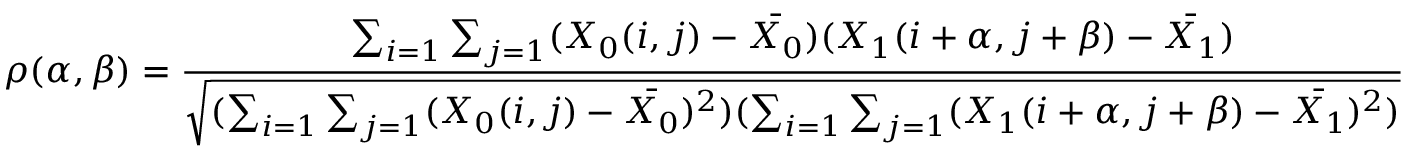
\rho ( \alpha , \beta ) = { \frac { \sum _ { i = 1 } \sum _ { j = 1 } ( X _ { 0 } ( i , j ) - { \bar { X _ { 0 } } } ) ( X _ { 1 } ( i + \alpha , j + \beta ) - { \bar { X _ { 1 } } } ) } { \sqrt { ( \sum _ { i = 1 } \sum _ { j = 1 } ( X _ { 0 } ( i , j ) - { \bar { X _ { 0 } } } ) ^ { 2 } ) ( \sum _ { i = 1 } \sum _ { j = 1 } ( X _ { 1 } ( i + \alpha , j + \beta ) - { \bar { X _ { 1 } } } ) ^ { 2 } ) } } }